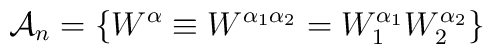
{\bf \cal A}_n = \left \{ W^\alpha \equiv W^{\alpha_1 \alpha_2} =W_1^{\alpha_1} W_2^{\alpha_2} \right \}